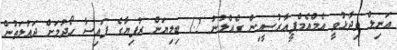
އަނިލް ވިދާޅުވީ އެމްއެމްޕީއާރުސީއިން ގެއްލުނު 1.2 ބިލިޔަން ރުފިޔާގެ ފައިސާ ހޯދުމަށް ދައުލަތުން